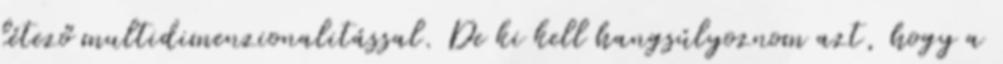
létező multidimenzionalitással. De ki kell hangsúlyoznom azt, hogy a